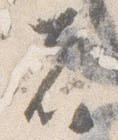
者